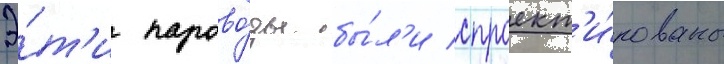
Э́т'и парово́зы бы́л'и спроект'и́рованы